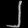
Digit: ၂